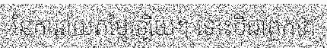
នៃការវាយតម្លៃឡើយ។ ទោះបីជាពួកគេ